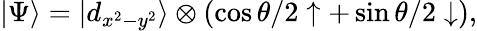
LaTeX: |\Psi\rangle=|d_{x^{2}-y^{2}}\rangle\otimes(\cos{\theta/2}\uparrow+\sin{\theta/2}\downarrow),